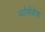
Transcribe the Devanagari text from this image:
व्योमेकेश